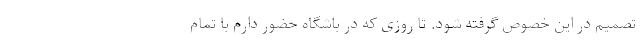
تصمیم در این خصوص گرفته شود. تا روزی که در باشگاه حضور دارم با تمام